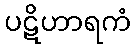
ပဋိဟာရကံ